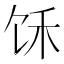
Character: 𲋣